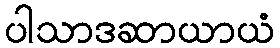
ပါသာဒဆာယာယံ